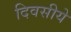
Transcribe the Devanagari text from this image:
दिवसीये